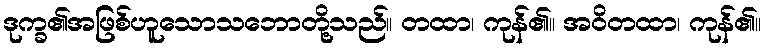
ဒုက္ခ၏အဖြစ်ဟူသောသဘောတို့သည်။ တထာ၊ ကုန်၏။ အဝိတထာ၊ ကုန်၏။